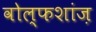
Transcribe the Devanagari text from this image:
वोल्फशांज़